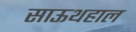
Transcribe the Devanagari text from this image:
साऊथहाल